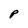
Character: P